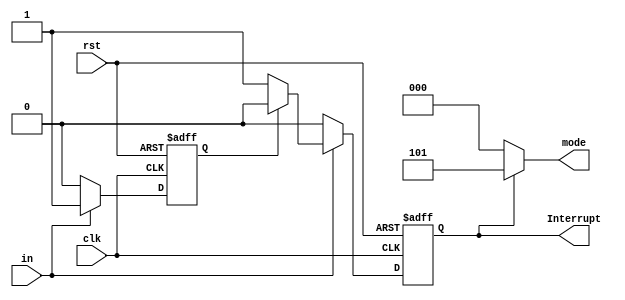
`timescale 1ns / 1ps
//////////////////////////////////////////////////////////////////////////////////
// Company: 
// Engineer: 
// 
// Design Name: 
// Module Name: Input_Ctrl
// Project Name: 
// Target Devices: 
// Tool Versions: 
// Description: 
// 
// Dependencies: 
// 
// Revision:
// Revision 0.01 - File Created
// Additional Comments:
// 
//////////////////////////////////////////////////////////////////////////////////


module Input_Ctrl # (parameter IRQ=3'b101)(
    input clk,rst,in,
    output reg Interrupt,
    output [2:0]mode
    );
    
    reg flag2;
    assign mode=(Interrupt)?IRQ:3'b000;

    always @(posedge clk or posedge rst)
    begin
        if (rst)
        begin
            flag2<=0;
            Interrupt<=0;
        end
        else
        begin
            if (in)
            begin
                if (flag2==0)
                begin
                    flag2<=1;
                    Interrupt<=1;
                end
                else
                begin
                    Interrupt<=0;
                end
            end
            else
            begin
                flag2<=0;
                Interrupt<=0;
            end
        end
    end
    
endmodule